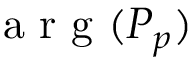
\mathrm { ~ a ~ r ~ g ~ } ( P _ { p } )